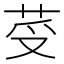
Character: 𦭼